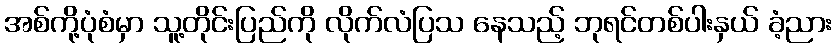
အစ်ကို့ပုံစံမှာ သူ့တိုင်းပြည်ကို လိုက်လံပြသ နေသည့် ဘုရင်တစ်ပါးနှယ် ခံ့ညား